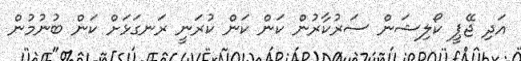
އަދި ޖޭޕީ ކޯލިޝަން ސަރުކާރުން ކަން ކަން ކުރަނީ ރަނގަޅަށް ކަން ބުނުމުން